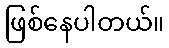
ဖြစ်နေပါတယ်။